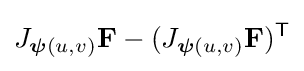
J_{{\boldsymbol {\psi }}(u,v)}\mathbf {F} -(J_{{\boldsymbol {\psi }}(u,v)}\mathbf {F} )^{\mathsf {T}}